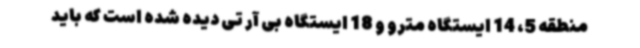
منطقه 5، 14 ایستگاه مترو و 18 ایستگاه بی آر تی دیده شده است که باید